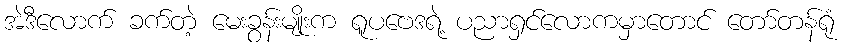
အဲဒီလောက် ခက်တဲ့ မေးခွန်းမျိုးက ရူပဗေဒရဲ့ ပညာရှင်လောကမှာတောင် တော်တန်ရုံ